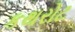
કથરોટ